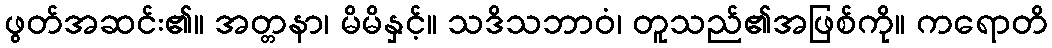
ဖွတ်အဆင်း၏။ အတ္တနာ၊ မိမိနှင့်။ သဒိသဘာဝံ၊ တူသည်၏အဖြစ်ကို။ ကရောတိ